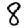
Digit: 8